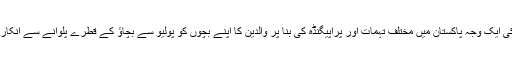
اس کی ایک وجہ پاکستان میں مختلف تہمات اور پراپیگنڈہ کی بنا پر والدین کا اپنے بچوں کو پولیو سے بچاؤ کے قطرے پلوانے سے انکار ہے۔